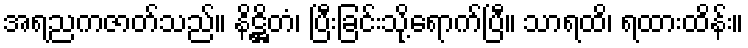
အရညကဇာတ်သည်။ နိဋ္ဌိတံ၊ ပြီးခြင်းသို့ရောက်ပြီ။ သာရထိ၊ ရထားထိန်း။